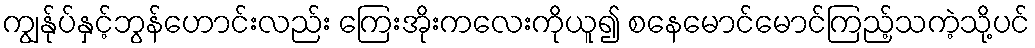
ကျွန်ုပ်နှင့်ဘွန်ဟောင်းလည်း ကြေးအိုးကလေးကိုယူ၍ စနေမောင်မောင်ကြည့်သကဲ့သို့ပင်